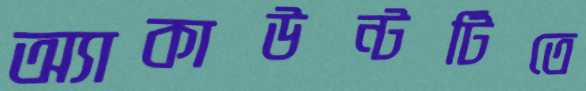
অ্যাকাউন্টটিতে